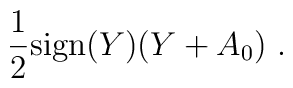
{1\over 2} {\rm sign}(Y) (Y+ A_0)\ .